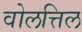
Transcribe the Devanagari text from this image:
वोलत्तिल